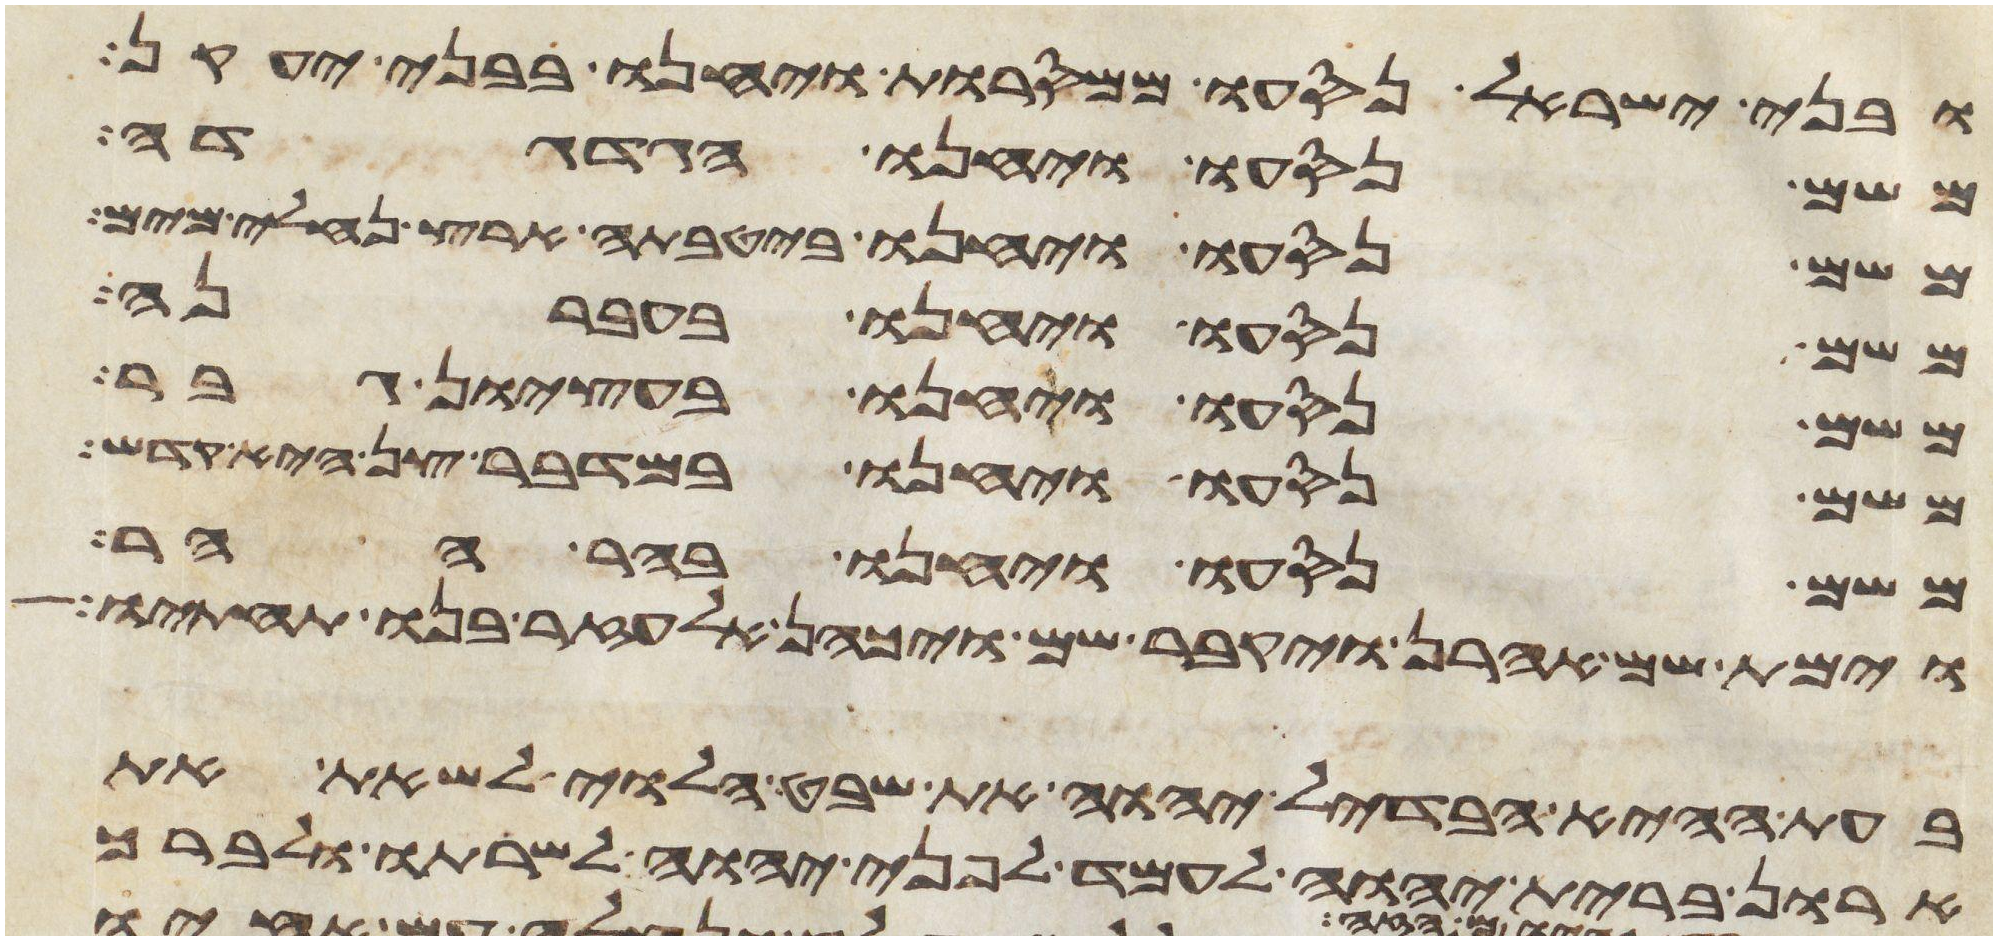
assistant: ובני ישראל נסעו ממסרות ויחנו בבני יעקן
משם נסעו ויחנו הגדגדה
משם נסעו ויחנו ביטבתה ארץ נחלי מים
משם נסעו ויחנו בעברנה
משם נסעו ויחנו בעציון גבר
משם נסעו ויחנו במדבר צן היא קדש
משם נסעו ויחנו בהר ההר
וימת שם אהרן ויקבר שם ויכהן אלעזר בנו תחתיו
בעת ההיא הבדיל יהוה את שבט הלוי לשאת את
ארון ברית יהוה לעמד לפני יהוה לשרתו ולברך